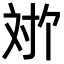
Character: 𫴬